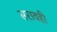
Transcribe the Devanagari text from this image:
सरावही